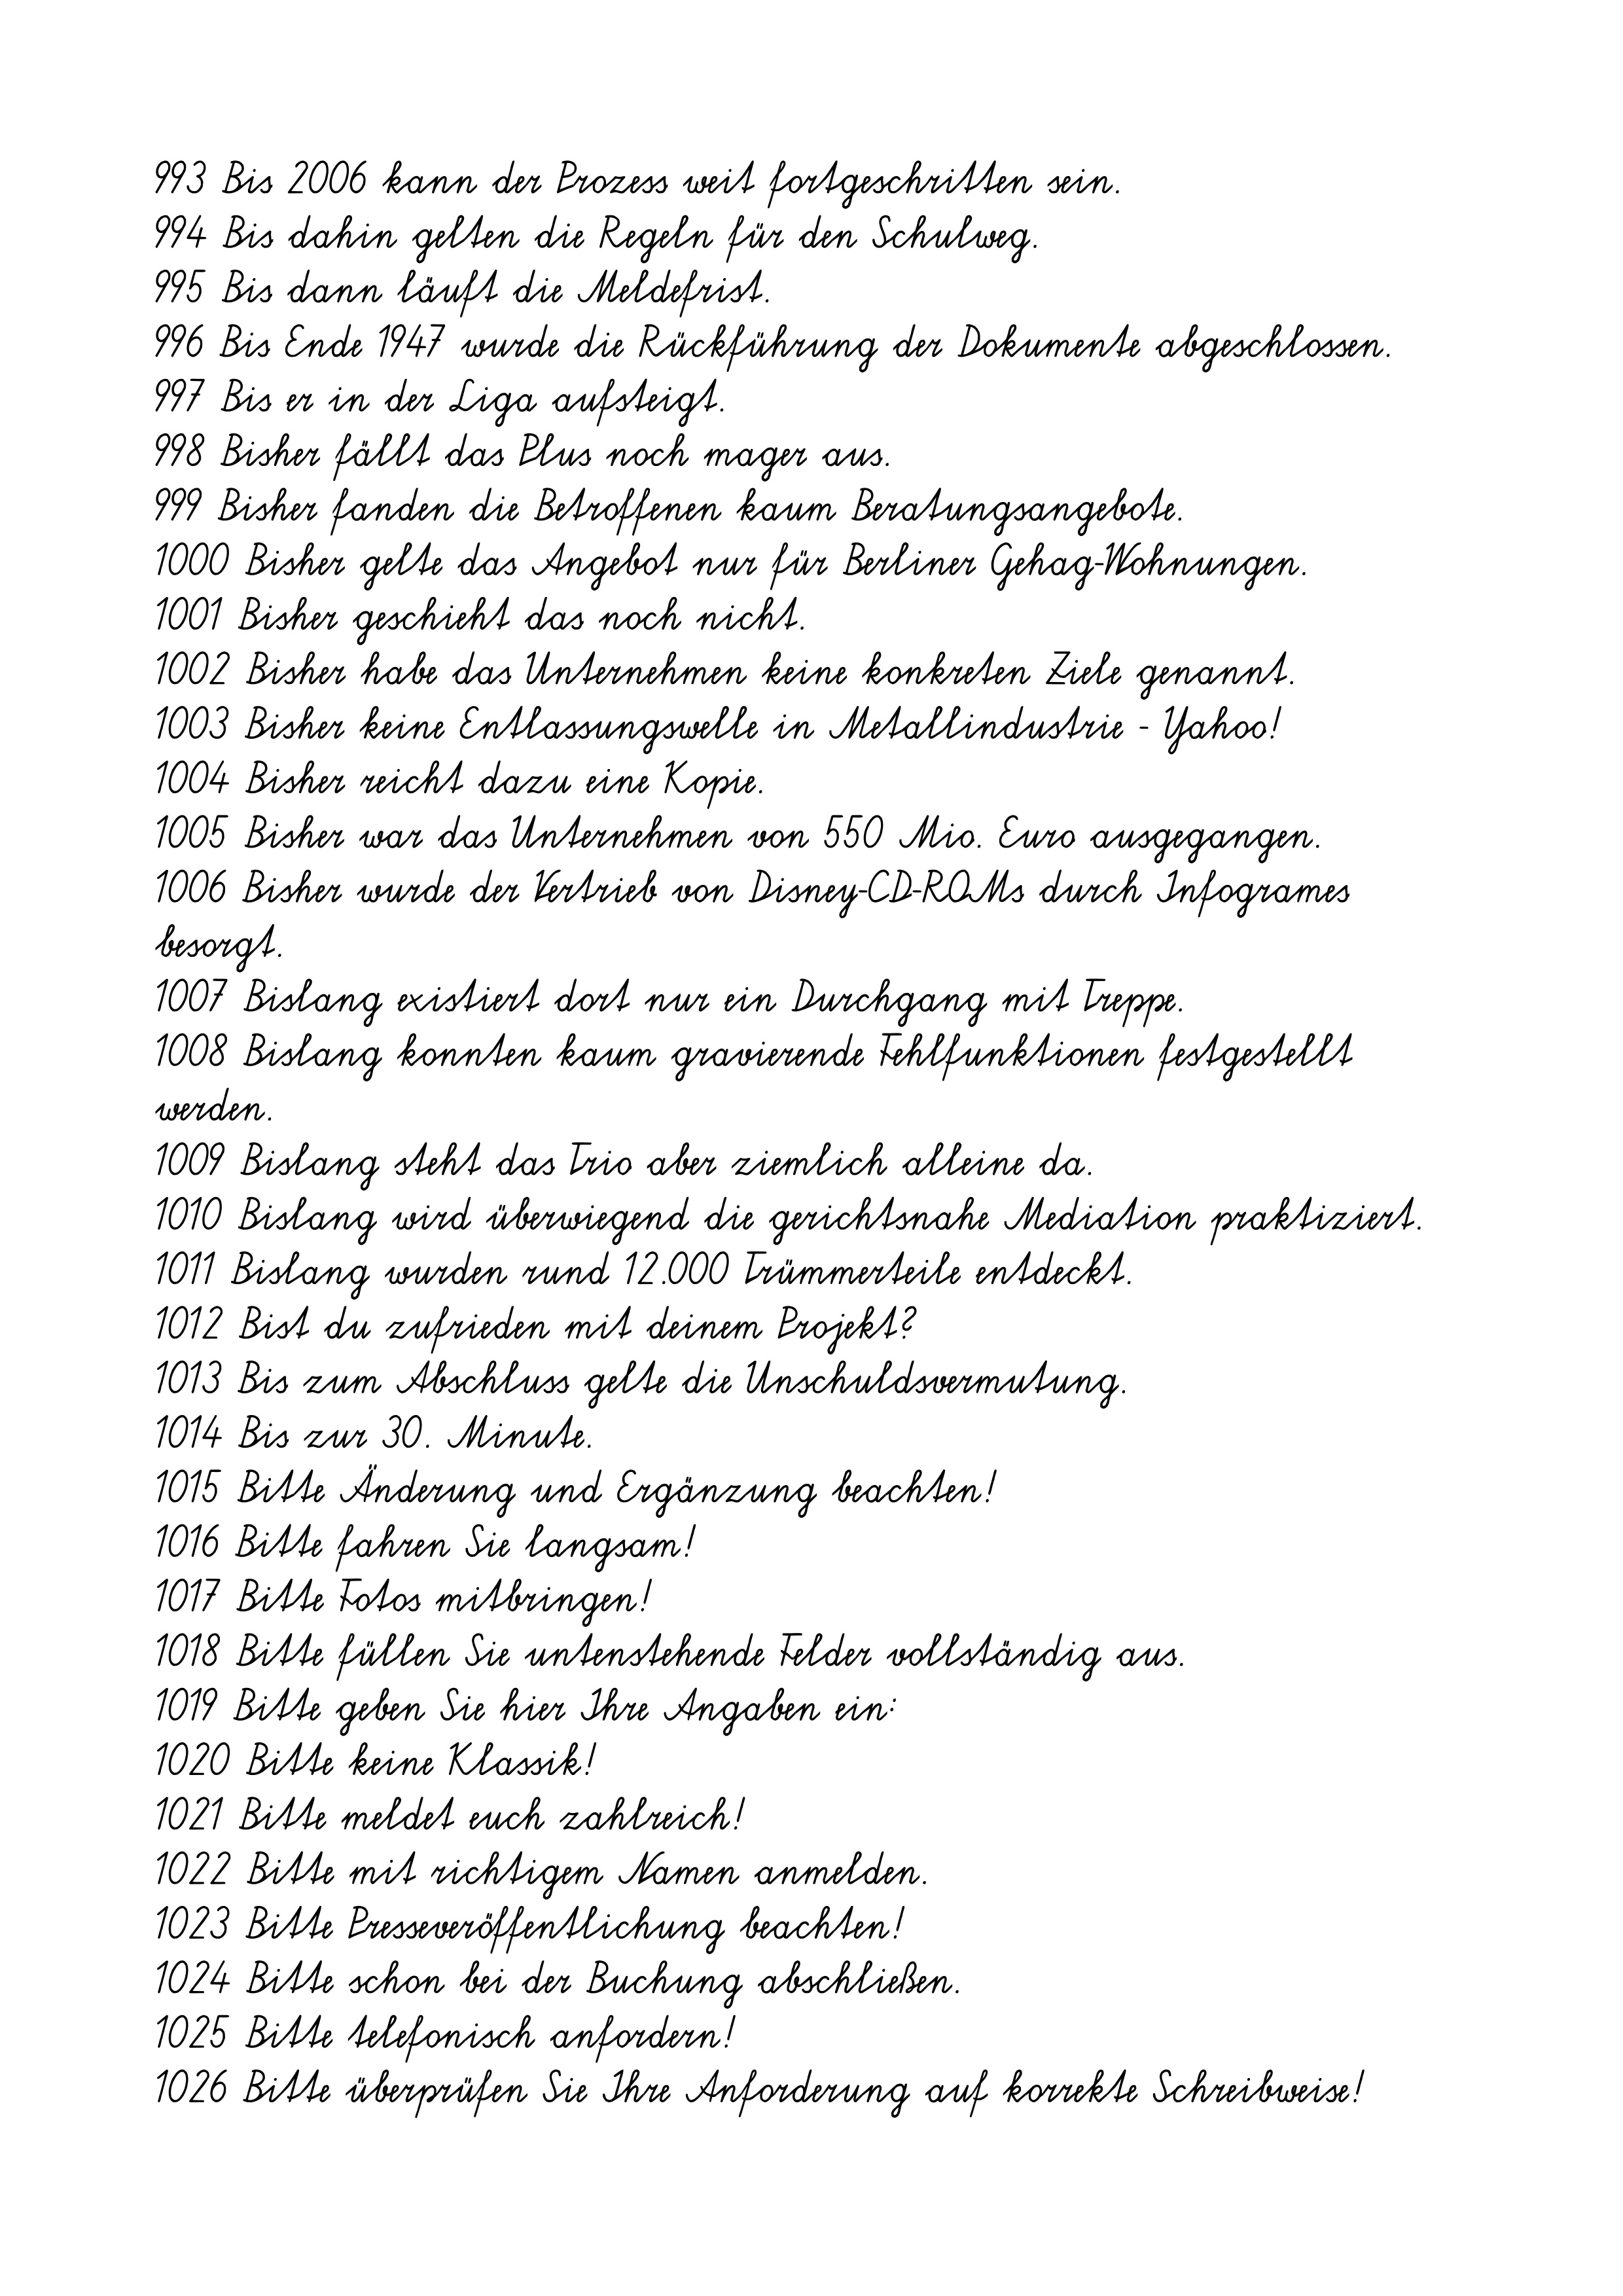
993 Bis 2006 kann der Prozess weit fortgeschritten sein.
994 Bis dahin gelten die Regeln für den Schulweg.
995 Bis dann läuft die Meldefrist.
996 Bis Ende 1947 wurde die Rückführung der Dokumente abgeschlossen.
997 Bis er in der Liga aufsteigt.
998 Bisher fällt das Plus noch mager aus.
999 Bisher fanden die Betroffenen kaum Beratungsangebote.
1000 Bisher gelte das Angebot nur für Berliner Gehag-Wohnungen.
1001 Bisher geschieht das noch nicht.
1002 Bisher habe das Unternehmen keine konkreten Ziele genannt.
1003 Bisher keine Entlassungswelle in Metallindustrie - Yahoo!
1004 Bisher reicht dazu eine Kopie.
1005 Bisher war das Unternehmen von 550 Mio. Euro ausgegangen.
1006 Bisher wurde der Vertrieb von Disney-CD-ROMs durch Infogrames
besorgt.
1007 Bislang existiert dort nur ein Durchgang mit Treppe.
1008 Bislang konnten kaum gravierende Fehlfunktionen festgestellt
werden.
1009 Bislang steht das Trio aber ziemlich alleine da.
1010 Bislang wird überwiegend die gerichtsnahe Mediation praktiziert.
1011 Bislang wurden rund 12.000 Trümmerteile entdeckt.
1012 Bist du zufrieden mit deinem Projekt?
1013 Bis zum Abschluss gelte die Unschuldsvermutung.
1014 Bis zur 30. Minute.
1015 Bitte Änderung und Ergänzung beachten!
1016 Bitte fahren Sie langsam!
1017 Bitte Fotos mitbringen!
1018 Bitte füllen Sie untenstehende Felder vollständig aus.
1019 Bitte geben Sie hier Ihre Angaben ein:
1020 Bitte keine Klassik!
1021 Bitte meldet euch zahlreich!
1022 Bitte mit richtigem Namen anmelden.
1023 Bitte Presseveröffentlichung beachten!
1024 Bitte schon bei der Buchung abschließen.
1025 Bitte telefonisch anfordern!
1026 Bitte überprüfen Sie Ihre Anforderung auf korrekte Schreibweise!